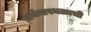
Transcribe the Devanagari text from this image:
प्रार्थनास्थळाची